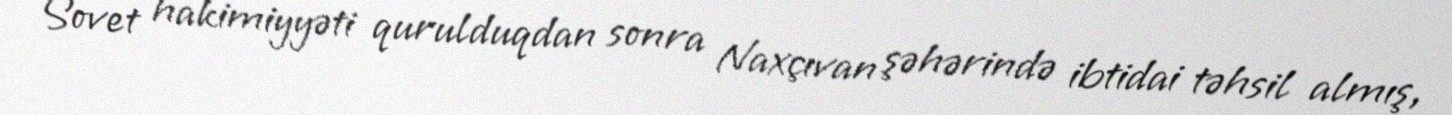
Sovet hakimiyyəti qurulduqdan sonra Naxçıvan şəhərində ibtidai təhsil almış,